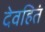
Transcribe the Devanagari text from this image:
देवहितं